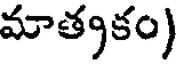
మాత్యకం)